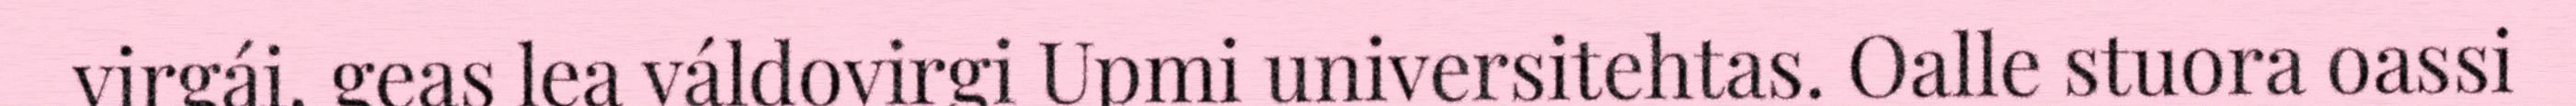
virgái, geas lea váldovirgi Upmi universitehtas. Oalle stuora oassi